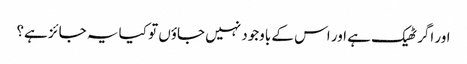
اور اگر ٹھیک ہے اور اس کے باوجود نہیں جاؤں تو کیا یہ جائز ہے؟